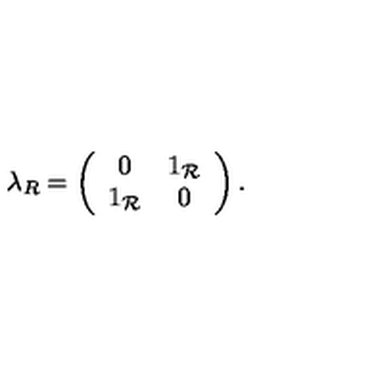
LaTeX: \lambda _ { R } = \left( \begin{array} { c c } { 0 } & { 1 _ { \mathcal R } } \\ { 1 _ { \mathcal R } } & { 0 } \\ \end{array} \right) .